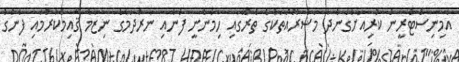
އެމިނިސްޓްރީން ކުރިއަށްގެންދާ މަޝްރޫއުތަކުގެ ތެރޭގައި ހިމެނެނީ ފެނާއި ނަރުދަމާގެ ނިޒާމު ޤާއިމްކުރުމާއި ފެނުގެ